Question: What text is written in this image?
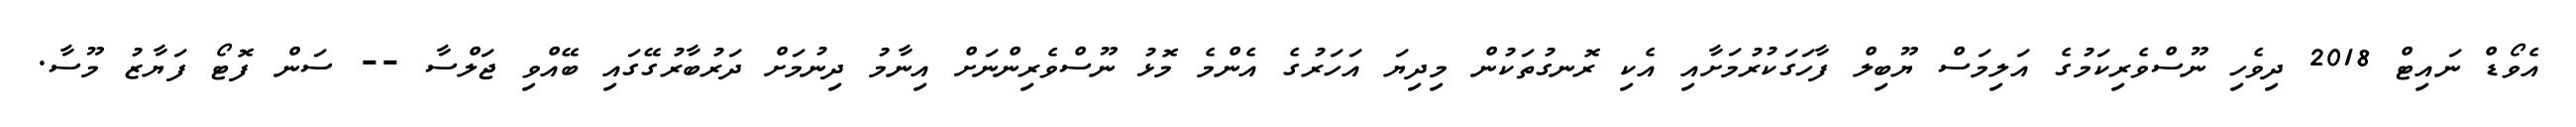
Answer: އެވޯޑް ނައިޓް 2018 ދިވެހި ނޫސްވެރިކަމުގެ އަލިމަސް ޔޫބިލް ފާހަގަކުރުމަށާއި އެކި ރޮނގުތަކުން މިދިޔަ އަހަރުގެ އެންމެ މޮޅު ނޫސްވެރިންނަށް އިނާމު ދިނުމަށް ދަރުބާރުގޭގައި ބޭއްވި ޖަލްސާ -- ސަން ފޮޓޯ ފަޔާޒު މޫސާ.